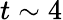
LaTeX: t\sim 4